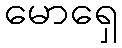
မောရှေ